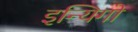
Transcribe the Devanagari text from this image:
इन्यिगो